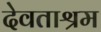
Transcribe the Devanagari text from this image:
देवताश्रम